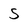
Character: s